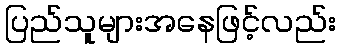
ပြည်သူများအနေဖြင့်လည်း